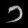
Digit: ၁